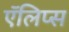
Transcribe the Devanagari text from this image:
ऍलिप्स